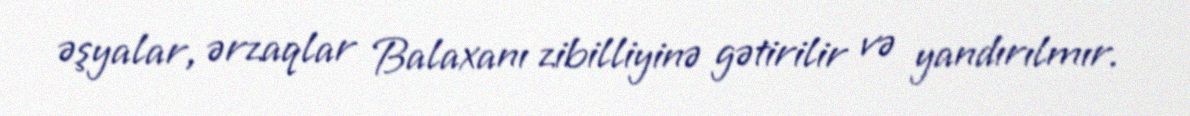
əşyalar, ərzaqlar Balaxanı zibilliyinə gətirilir və yandırılmır.